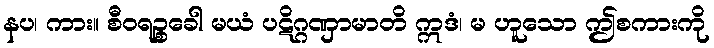
နပ၊ ကား။ စီဝရဉ္စခေါ မယံ ပဋိဂ္ဂဏှာမာတိ ဣဒံ၊ မ ဟူသော ဤစကားကို